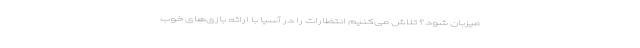
میزبان شود؟ تلاش می‌کنیم انتظارات را در آسیا با ارائه بازی‌های خوب